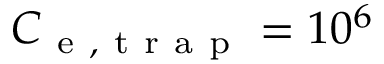
C _ { \mathrm { ~ e ~ , ~ t ~ r ~ a ~ p ~ } } = 1 0 ^ { 6 }